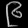
Digit: ၉